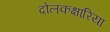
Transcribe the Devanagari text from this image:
दोलकक्षारिया